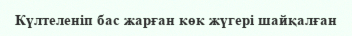
Күлтеленіп бас жарған көк жүгері шайқалған